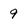
Character: 9